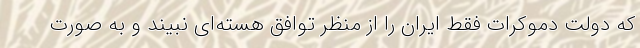
که دولت دموکرات فقط ایران را از منظر توافق هسته‌ای نبیند و به صورت